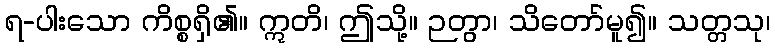
ရ-ပါးသော ကိစ္စရှိ၏။ ဣတိ၊ ဤသို့။ ဉတွာ၊ သိတော်မူ၍။ သတ္တသု၊